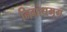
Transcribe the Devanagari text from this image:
निग्रोधमृग